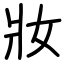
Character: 妝